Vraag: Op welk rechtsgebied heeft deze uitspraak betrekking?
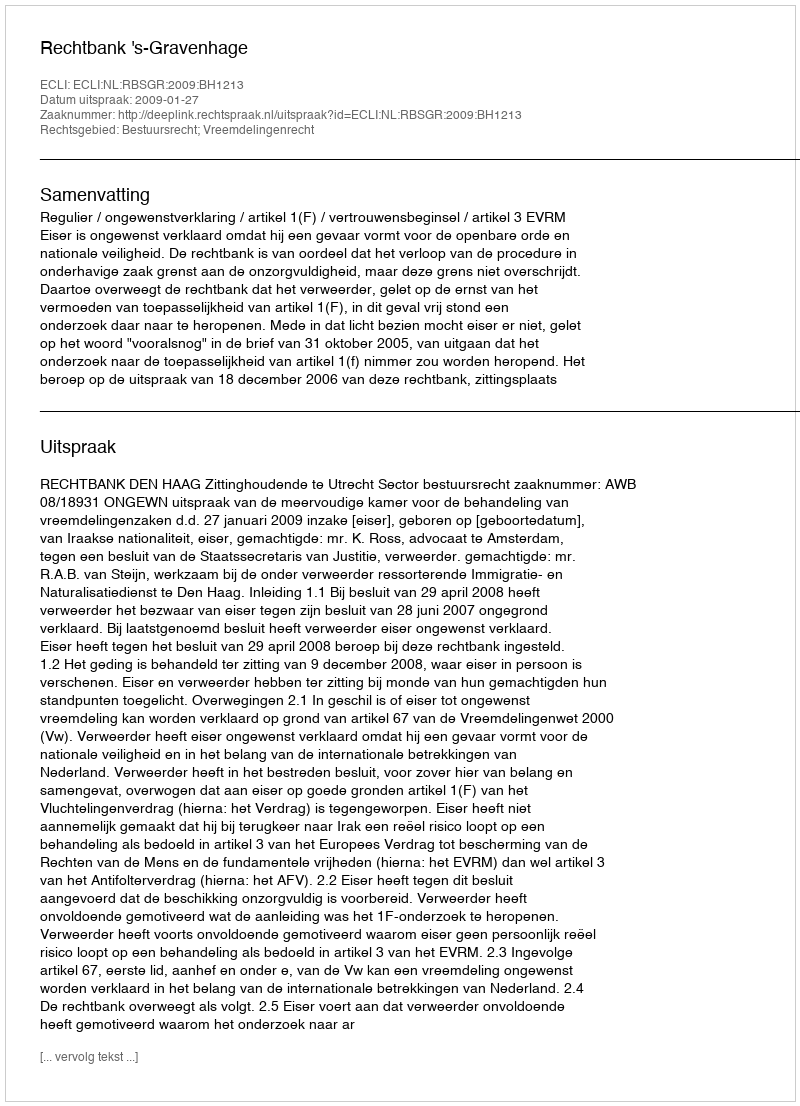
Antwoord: Bestuursrecht; Vreemdelingenrecht